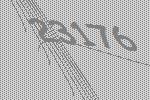
23176